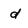
Character: d